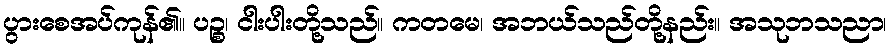
ပွားစေအပ်ကုန်၏။ ပဉ္စ၊ ငါးပါးတို့သည်။ ကတမေ၊ အဘယ်သည်တို့နည်း။ အသုဘသညာ၊